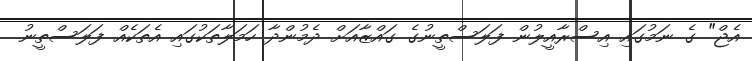
އެޖް" ގެ ނަމުގައި އިސްރާއީލުން ފަލަސްތީނުގެ ގައްޒާއަށް ދެމުންދާ ހަމަލާތަކުގައި އެތަކެއް ފަލަސްތީނު